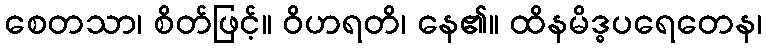
စေတသာ၊ စိတ်ဖြင့်။ ဝိဟရတိ၊ နေ၏။ ထိနမိဒ္ဓပရေတေန၊